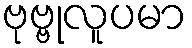
ဗုဗ္ဗုလူပမာ